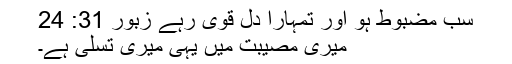
سب مضُبوط ہو اور تُمہارا دِل قوی رہے زبُور 31: 24
میری مُصیبت میں یہی میری تسلی ہے۔